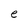
Character: e